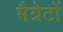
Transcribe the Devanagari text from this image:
मैग्नेटों